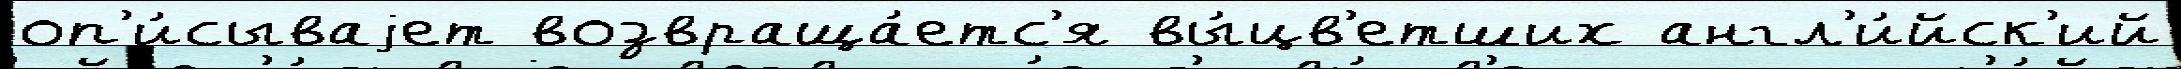
оп'и́сываjет возвраща́етс'я вы́цв'етших англ'и́йск'ий